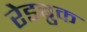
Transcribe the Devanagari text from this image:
रेडब्रुक